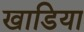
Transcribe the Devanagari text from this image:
खाडिया